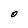
Character: O